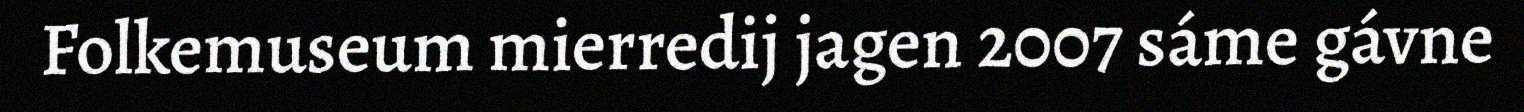
Folkemuseum mierredij jagen 2007 sáme gávne